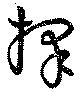
擇